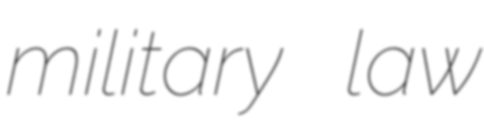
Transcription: military law